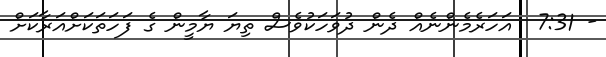
- 7:31  އަހަރެމެންނެއް ދެން ދުވަހަކުވެސް ތިޔަ ޔާމީން ގެ ފަހަތަކަށްއަރާކަށް